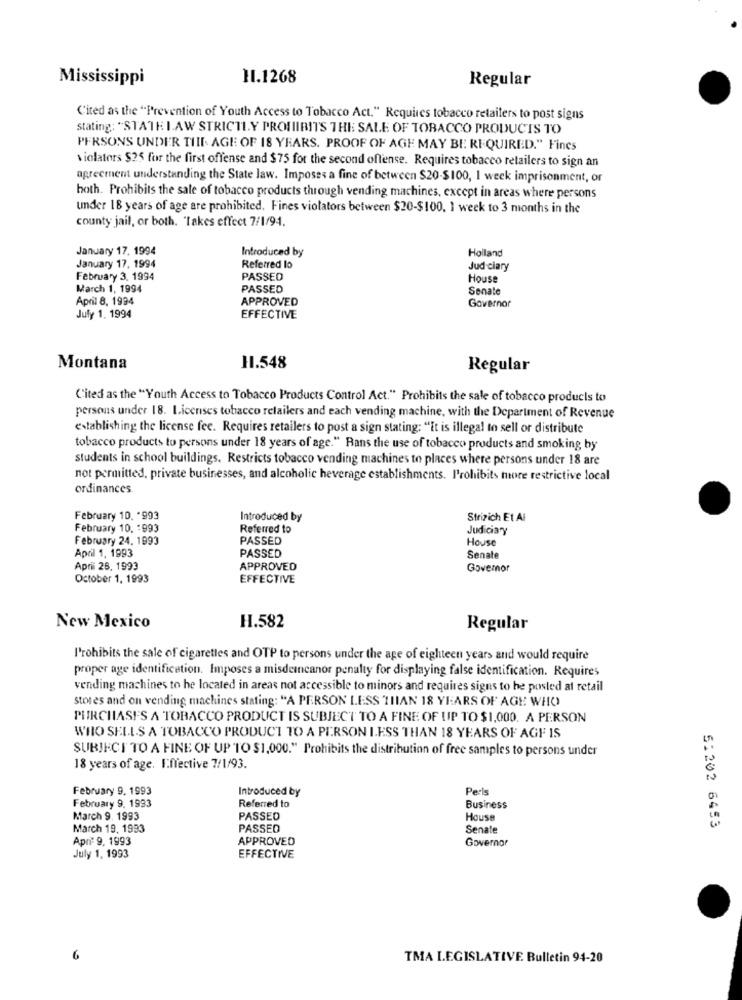
Mississippi
11.1268
Regular
C'ited as the "Prevention of Youth Access to Tobacco Act." Requires tobacco retailers to post signs
stating: "STATE LAW STRICTLY PROHIBITS THE SALE OF TOBACCO PRODUCTS TO
PERSONS UNDER TIII. AGE OF 18 YEARS. PROOF OF AGE MAY BE REQUIRED." Fines
violators $25 for the first offense and $75 for the second offense. Requires tobacco retailers to sign an
agreement understanding the State law. Imposes a fine of between $20-$100, 1 week imprisonment, or
both. Prohibits the sale of tobacco products through vending machines, except in areas where persons
under 18 years of age are prohibited. Fines violators between $20-$100, 1 week to 3 months in the
county jail, or both. "Takes effect 7/1/94.
January 17, 1994
Introduced by
Holland
January 17, 1994
Referred lo
Judiciary
February 3. 1994
PASSED
House
March 1, 1994
PASSED
Senate
April 8, 1994
APPROVED
Governor
July 1. 1994
EFFECTIVE
Montana
11.548
Regular
('ited as the "Youth Access to Tobacco Products Control Act." Prohibits the sale of tobacco products to
persons under 18. Licenses tobacco retailers and each vending machine, with the Department of Revenue
establishing the license fee. Requires retailers to post a sign stating: "It is illegal to sell or distribute
tobacco products to persons under 18 years of age." Rans the use of tobacco products and smoking by
students in school buildings. Restricts tobacco vending machines to places where persons under 18 are
not permitted, private businesses, and alcoholic heverage establishments. Prohibits more restrictive local
ordinances
February 10. "993
Introduced by
Strizich Et Al
February 10. 1993
Referred to
Judiciary
February 24. 1993
PASSED
House
April 1, 1993
PASSED
Senate
April 28, 1993
APPROVED
Govemor
October 1, 1993
EFFECTIVE
New Mexico
H.582
Regular
l'rohibits the sale of cigarettes and OTP to persons under the age of eighteen years and would require
proper age identification. Imposes a misdemeanor penalty for displaying false identification. Requires
vending machines to he located in areas not accessible to minors and requires signs to be posted at retail
stores and on vending machines stating: "A PERSON LESS THAN 18 YEARS OF AGE WHO
PURCHASES A TOBACCO PRODUCT IS SUBJECT TO A FINE OF UP TO $1,000. A PERSON
WHO SELLS A TOBACCO PRODUCT TO A PERSON ILESS THAN 18 YEARS OF AGE IS
SUBJECT TO A FINE OF UP TO $1,000." Prohibits the distribution of free samples to persons under
18 years of age. Effective 7/1/93.
February 9. 1993
Introduced by
Perls
February 9, 1993
Referred to
Business
March 9. 1993
PASSED
House
March 19, 1993
PASSED
Senate
5:202 6453
Apri 9, 1993
APPROVED
Governor
July 1, 1993
EFFECTIVE
TMA LEGISLATIVE Bulletin 94-20